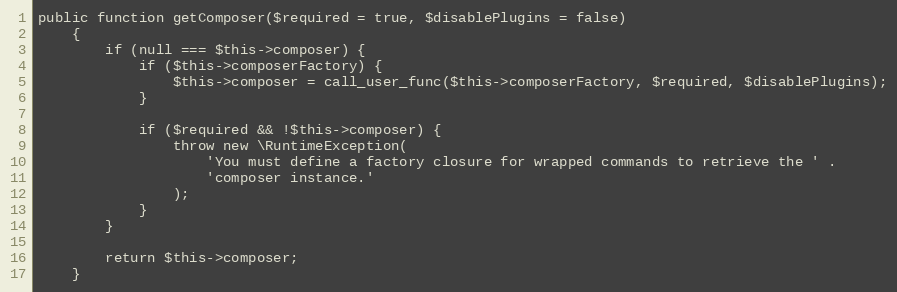
Language: PHP
public function getComposer($required = true, $disablePlugins = false)
    {
        if (null === $this->composer) {
            if ($this->composerFactory) {
                $this->composer = call_user_func($this->composerFactory, $required, $disablePlugins);
            }

            if ($required && !$this->composer) {
                throw new \RuntimeException(
                    'You must define a factory closure for wrapped commands to retrieve the ' .
                    'composer instance.'
                );
            }
        }

        return $this->composer;
    }